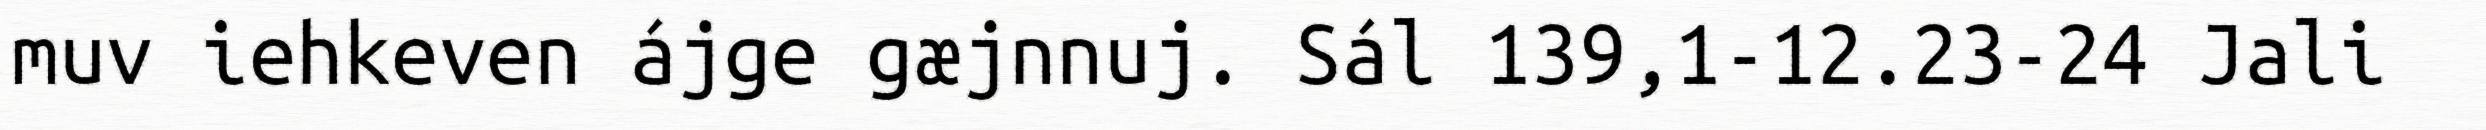
muv iehkeven ájge gæjnnuj. Sál 139,1-12.23-24 Jali